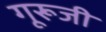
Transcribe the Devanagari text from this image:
गूरूजी